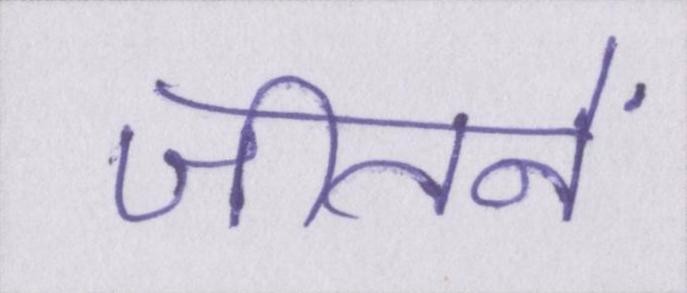
जीतनें